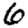
Digit: 6